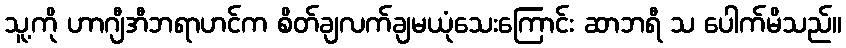
သူ့ကို ဟာဂျီအီဘရာဟင်က စိတ်ချလက်ချမယုံသေးကြောင်း ဆာဘရီ သ ပေါက်မိသည်။